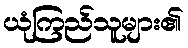
ယုံကြည်သူများ၏